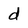
Character: d